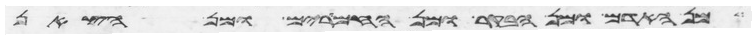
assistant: מן האדם ומן הבקר ומן החמרים ומן הצאן